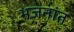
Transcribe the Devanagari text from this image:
भजनांत